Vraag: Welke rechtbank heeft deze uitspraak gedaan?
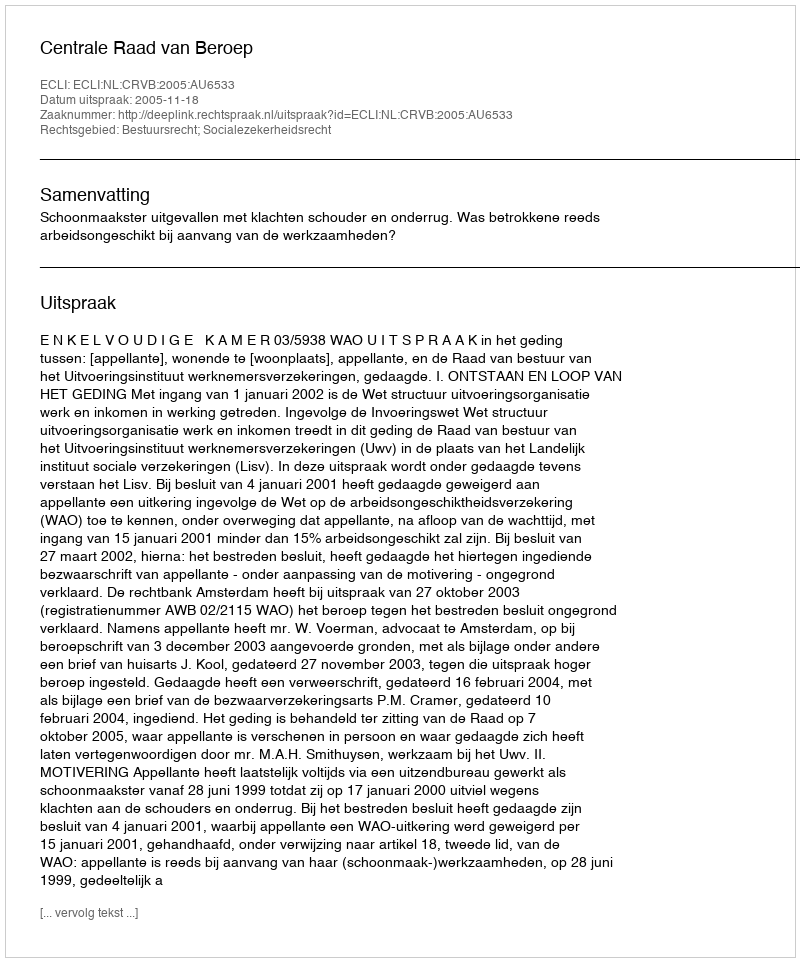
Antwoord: Centrale Raad van Beroep